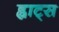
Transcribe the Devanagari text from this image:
ह्वाट्‍स